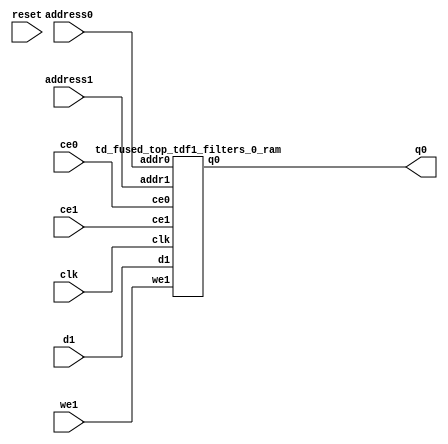
`define EXPONENT 5
`define MANTISSA 10
`define ACTUAL_MANTISSA 11
`define EXPONENT_LSB 10
`define EXPONENT_MSB 14
`define MANTISSA_LSB 0
`define MANTISSA_MSB 9
`define MANTISSA_MUL_SPLIT_LSB 3
`define MANTISSA_MUL_SPLIT_MSB 9
`define SIGN 1
`define SIGN_LOC 15
`define DWIDTH (`SIGN+`EXPONENT+`MANTISSA)
`define IEEE_COMPLIANCE 1

module td_fused_top_tdf1_filters_0(
    reset,
    clk,
    address0,
    ce0,
    q0,
    address1,
    ce1,
    we1,
    d1);

parameter DataWidth = 32'd16;
parameter AddressRange = 32'd108;
parameter AddressWidth = 32'd7;
input reset;
input clk;
input[AddressWidth - 1:0] address0;
input ce0;
output[DataWidth - 1:0] q0;
input[AddressWidth - 1:0] address1;
input ce1;
input we1;
input[DataWidth - 1:0] d1;



td_fused_top_tdf1_filters_0_ram td_fused_top_tdf1_filters_0_ram_U(
    .clk( clk ),
    .addr0( address0 ),
    .ce0( ce0 ),
    .q0( q0 ),
    .addr1( address1 ),
    .ce1( ce1 ),
    .we1( we1 ),
    .d1( d1 )
);

endmodule
module td_fused_top_tdf1_filters_0_ram (addr0, ce0, q0, addr1, ce1, d1, we1,  clk);

parameter DWIDTH = 16;
parameter AWIDTH = 7;
parameter MEM_SIZE = 108;

input[AWIDTH-1:0] addr0;
input ce0;
output reg[DWIDTH-1:0] q0;
input[AWIDTH-1:0] addr1;
input ce1;
input[DWIDTH-1:0] d1;
input we1;
input clk;

 reg [DWIDTH-1:0] ram[MEM_SIZE-1:0];




always @(posedge clk)  
begin 
    if (ce0) begin
        q0 <= ram[addr0];
    end
end


always @(posedge clk)  
begin 
    if (ce1) begin
        if (we1) 
            ram[addr1] <= d1; 
    end
end


endmodule